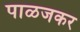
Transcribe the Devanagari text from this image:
पाळजकर